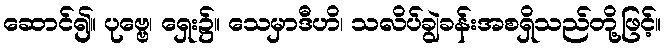
ဆောင်၍။ ပုဗ္ဗေ၊ ရှေး၌။ သေမှာဒီဟိ၊ သလိပ်ချွဲခန်းအစရှိသည်တို့ဖြင့်။